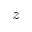
z